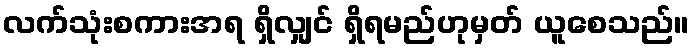
လက်သုံးစကားအရ ရှိလျှင် ရှိရမည်ဟုမှတ် ယူစေသည်။